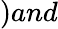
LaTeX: )and